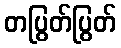
တပြွတ်ပြွတ်